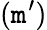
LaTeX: {(\mathtt{m}^{\prime})}